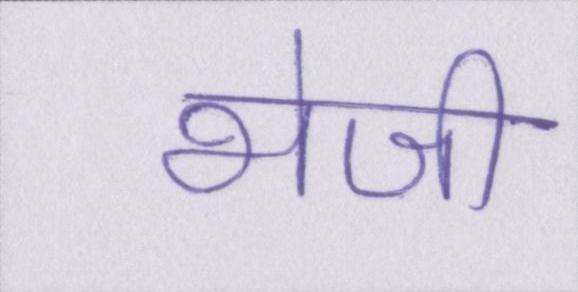
भेजी